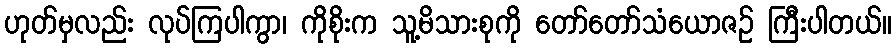
ဟုတ်မှလည်း လုပ်ကြပါကွာ၊ ကိုစိုးက သူ့မိသားစုကို တော်တော်သံယောဇဉ် ကြီးပါတယ်။